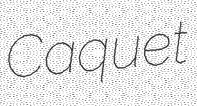
Caquet